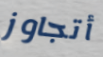
أتجاوز